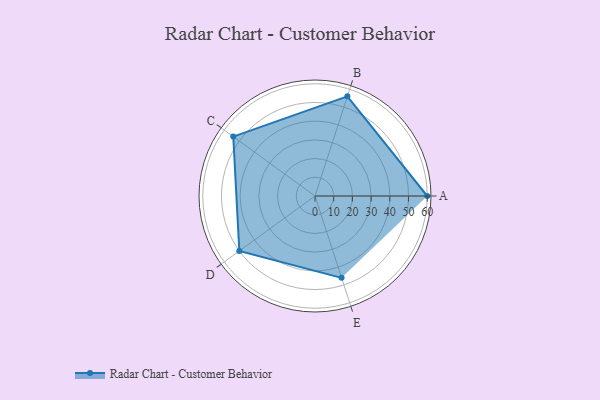
{"axis": {"x": "Skill", "y": "Score"}, "legend": ["Profile"], "data": [{"x": "A", "y": 60.0, "type": "Profile"}, {"x": "B", "y": 56.0, "type": "Profile"}, {"x": "C", "y": 54.0, "type": "Profile"}, {"x": "D", "y": 50.0, "type": "Profile"}, {"x": "E", "y": 46.0, "type": "Profile"}]}